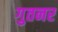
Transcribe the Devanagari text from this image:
गुतनर